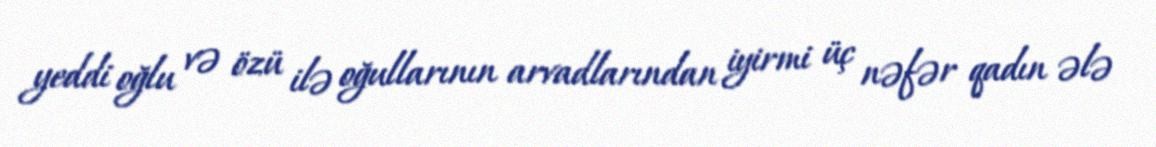
yeddi oğlu və özü ilə oğullarının arvadlarından iyirmi üç nəfər qadın ələ